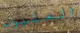
المليون